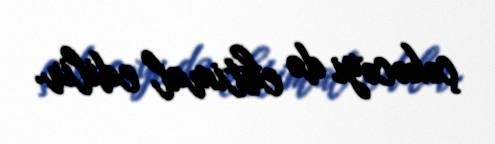
çəkəcəyi də ehtimal edilir.